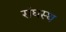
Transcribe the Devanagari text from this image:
संघस्थ